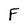
Character: F